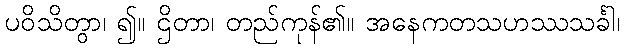
ပဝိသိတွာ၊ ၍။ ဌိတာ၊ တည်ကုန်၏။ အနေကတသဟဿသင်္ခါ၊